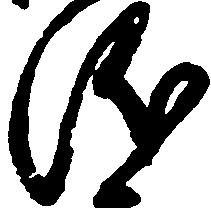
儀